Civil Veterinary Department Bengal reports 1923-33 - 1923-1933
Year: 1923
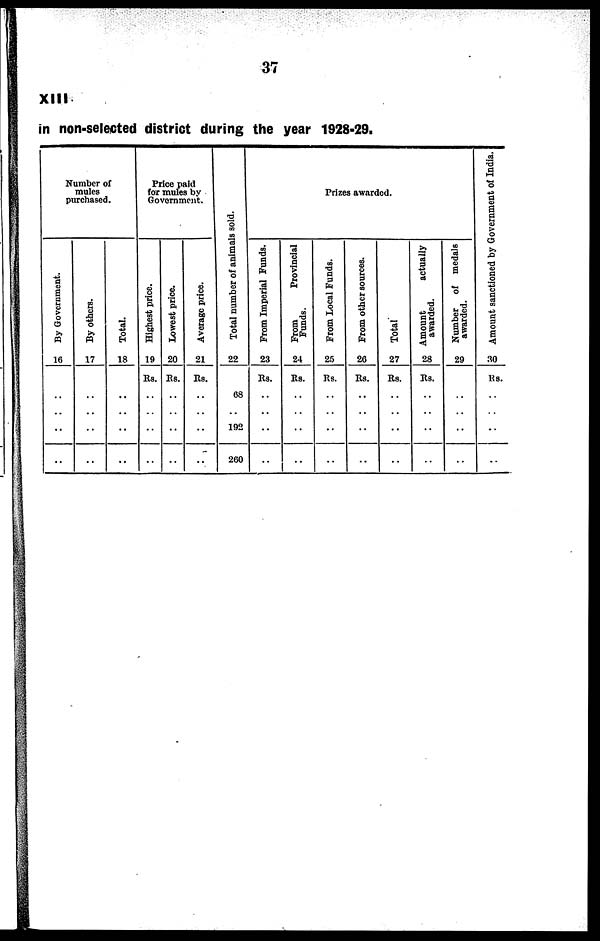
37
XIII
in non-selected district during the year 1928-29.
Number of
mules
purchased.
By Government.
16
..
..
..
By others.
17
..
..
..
Total.
18
..
..
..
Price paid
for mules by
Government.
Highest price.
19
Rs.
..
..
..
Lowest price.
20
Rs.
..
..
..
Average price.
21
Rs.
..
..
..
Total number of animals sold.
22
68
192
260
Prizes awarded.
From Imperial Funds.
23
Rs.
..
..
..
From
Provincial
Funds.
24
Rs.
..
..
....
From Local Funds.
25
Rs.
..
..
..
From other sources.
26
Rs.
..
..
..
Total
27
Rs.
..
..
..
Amount
actually
awarded.
28
Rs.
..
..
..
Number of medals
awarded.
29
..
..
..
Amount sanctioned by Government of India.
30
Rs.
..
..
..